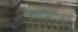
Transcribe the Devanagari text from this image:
फ्रेडरीज